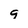
Character: 9